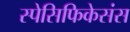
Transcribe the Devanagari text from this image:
स्पेसिफिकेसंस